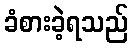
ခံစားခဲ့ရသည်